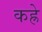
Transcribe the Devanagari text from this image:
कह्रे